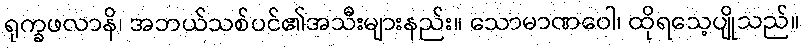
ရုက္ခဖလာနိ၊ အဘယ်သစ်ပင်၏အသီးများနည်း။ သောမာဏဝေါ၊ ထိုရသေ့ပျိုသည်။